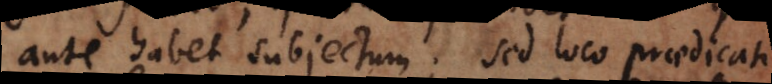
ante habet subjectum; sed loco praedicati